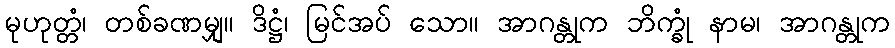
မုဟုတ္တံ၊ တစ်ခဏမျှ။ ဒိဋ္ဌံ၊ မြင်အပ် သော။ အာဂန္တုက ဘိက္ခုံ နာမ၊ အာဂန္တုက